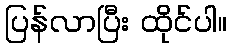
ပြန်လာပြီး ထိုင်ပါ။